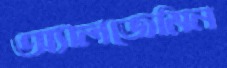
অ্যালজেমিন